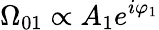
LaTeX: \Omega_{01}\propto A_{1}e^{i\varphi_{1}}